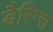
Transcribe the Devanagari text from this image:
डैरिन्स